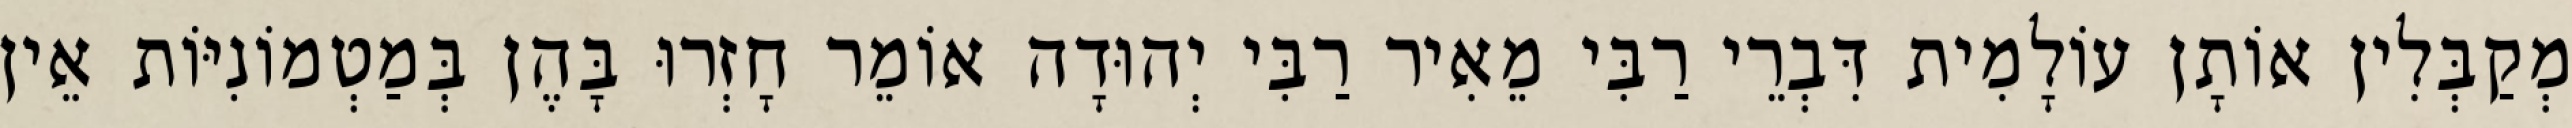
מְקַבְּלִין אוֹתָן עוֹלָמִית דִּבְרֵי רַבִּי מֵאִיר רַבִּי יְהוּדָה אוֹמֵר חָזְרוּ בָּהֶן בְּמַטְמוֹנִיּוֹת אֵין